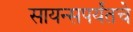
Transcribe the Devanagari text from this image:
सायन्सपर्यंतचे